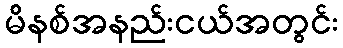
မိနစ်အနည်းငယ်အတွင်း